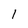
Character: l